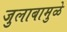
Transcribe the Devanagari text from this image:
जुलाबामुळे